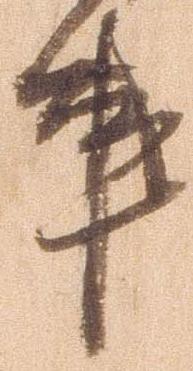
事